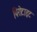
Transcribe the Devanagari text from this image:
पिरोटाइट